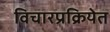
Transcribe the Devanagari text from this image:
विचारप्रक्रियेत